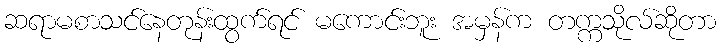
ဆရာမစာသင်နေတုန်းထွက်ရင် မကောင်းဘူး အမှန်က တက္ကသိုလ်ဆိုတာ